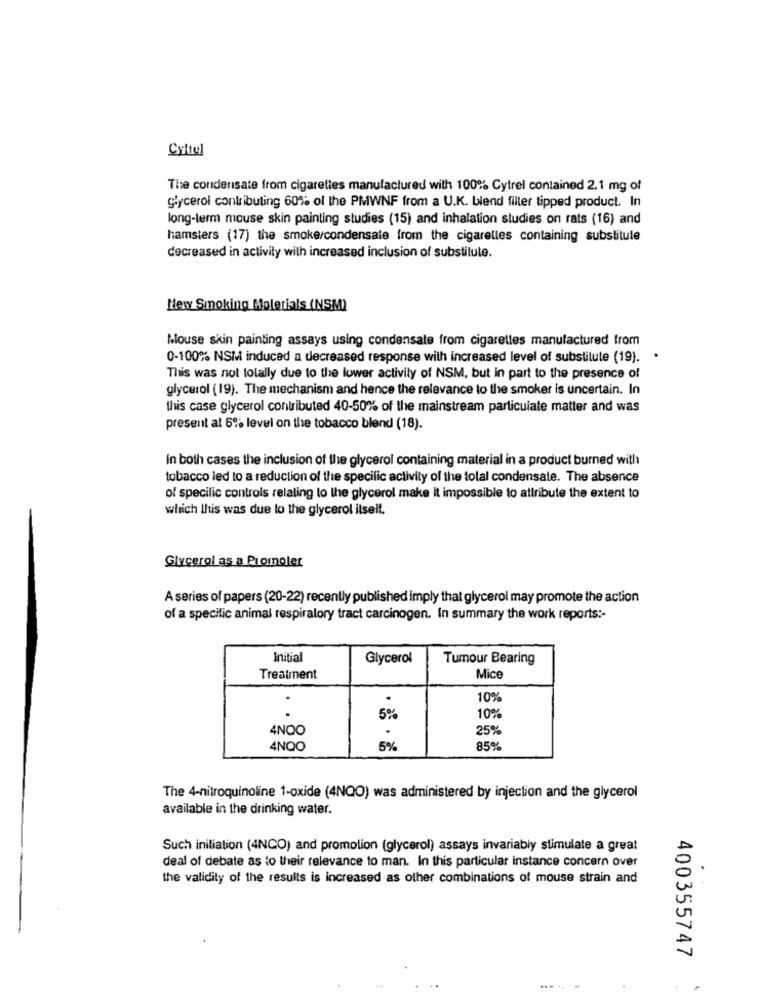
Cyltul
The condensate from cigarettes manufactured with 100% Cytrel contained 2.1 mg of
glycerol contributing 60% of the PMWNF from a U.K. blend filter tipped product. In
long-term mouse skin painting studies (15) and inhalation studies on rats (16) and
hamsters (17) the smoke/condensate from the cigaretles containing substitule
decreased in activity with increased inclusion of substitute.
New Smoking Holerials (NSM)
Mouse skin painting assays using condensate from cigarettes manufactured from
0-100% NSM induced a decreased response wilh increased level of substitute (19).
.
This was not totally due to the lower activity of NSM, but in part to the presence of
glycerol (19). The mechanism and hence the relevance to the smoker is uncertain. In
this case glycerol contributed 40-50% of the mainstream particulate matter and was
present at 6% level on the tobacco blend (18).
In both cases the inclusion of the glycerol containing material in a product burned with
tobacco led to a reduction of the specific activity of the total condensate. The absence
of specific controls relating to the glycerol make it impossible to attribute the extent to
which this was due to the glycerol ilseit.
Glycerol as a Promoler
A series of papers (20-22) recently published imply that glycerol may promote the action
of a specific animal respiratory tract carcinogen. In summary the work reports :-
Initial
Glycerol
Tumour Bearing
Treatment
Mice
10%
5%
10%
4NOO
25%
4NQO
5%
85%
The 4-nitroquinoline 1-oxide (4NQO) was administered by injection and the glycerol
available in the drinking water.
Such initiation (4NCO) and promotion (glycerol) assays invariably stimulate a great
deal of debate as to their relevance to man. In this particular instance concern over
.
the validity of the results is increased as other combinations of mouse strain and
400355747
......